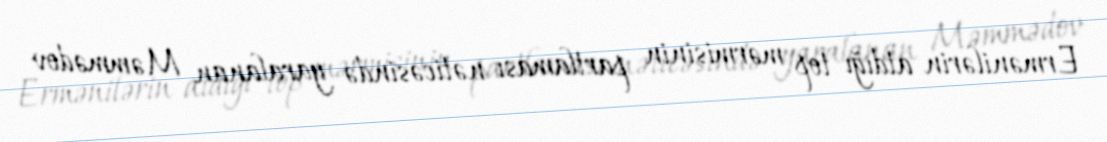
Ermənilərin atdığı top mərmisinin partlaması nəticəsində yaralanan Məmmədov